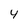
Character: 4